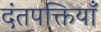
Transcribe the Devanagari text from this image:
दंतपक्तियाँ